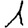
Digit: 1